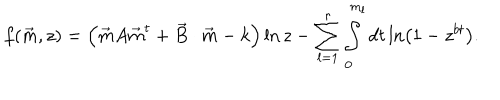
LaTeX: f ( \vec { m } , z ) = \left( \vec { m } A \vec { m } ^ { t } + \vec { B } \cdot \vec { m } - k \right) \ln z - \sum _ { l = 1 } ^ { r } \int _ { 0 } ^ { m _ { l } } d t \ln \left( 1 - z ^ { b t } \right) .